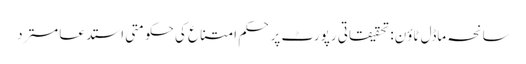
سانحہ ماڈل ٹاؤن: تحقیقاتی رپورٹ پر حکم امتناع کی حکومتی استدعا مسترد